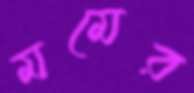
মমের